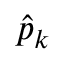
\hat { p } _ { k }